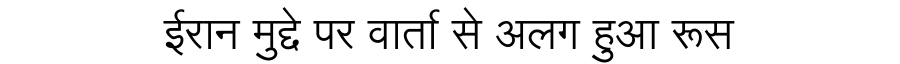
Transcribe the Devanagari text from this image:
ईरान मुद्दे पर वार्ता से अलग हुआ रूस